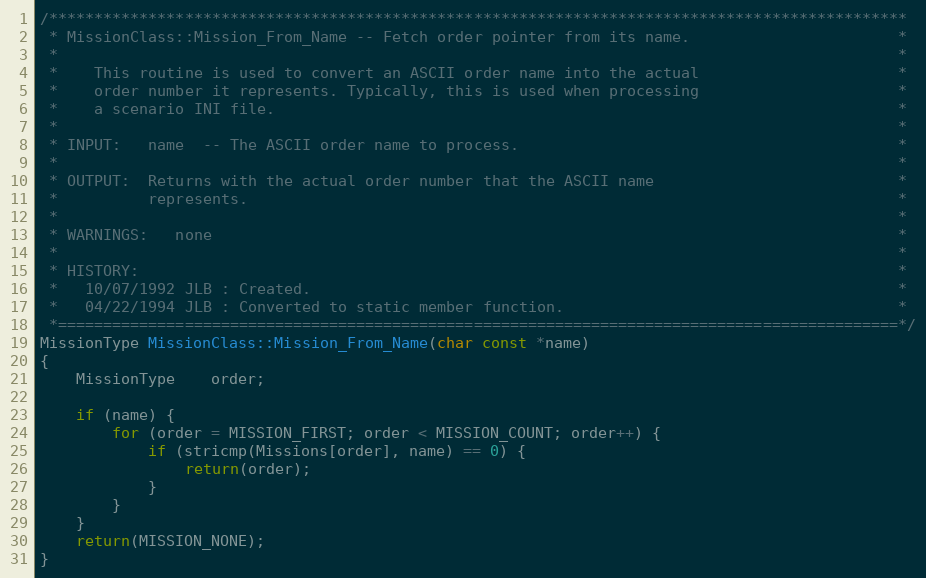
Language: C++
/***********************************************************************************************
 * MissionClass::Mission_From_Name -- Fetch order pointer from its name.                       *
 *                                                                                             *
 *    This routine is used to convert an ASCII order name into the actual                      *
 *    order number it represents. Typically, this is used when processing                      *
 *    a scenario INI file.                                                                     *
 *                                                                                             *
 * INPUT:   name  -- The ASCII order name to process.                                          *
 *                                                                                             *
 * OUTPUT:  Returns with the actual order number that the ASCII name                           *
 *          represents.                                                                        *
 *                                                                                             *
 * WARNINGS:   none                                                                            *
 *                                                                                             *
 * HISTORY:                                                                                    *
 *   10/07/1992 JLB : Created.                                                                 *
 *   04/22/1994 JLB : Converted to static member function.                                     *
 *=============================================================================================*/
MissionType MissionClass::Mission_From_Name(char const *name)
{
	MissionType	order;

	if (name) {
		for (order = MISSION_FIRST; order < MISSION_COUNT; order++) {
			if (stricmp(Missions[order], name) == 0) {
				return(order);
			}
		}
	}
	return(MISSION_NONE);
}